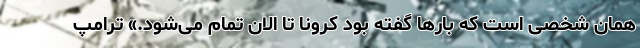
همان شخصی است که بارها گفته بود کرونا تا الان تمام می‌شود.» ترامپ